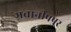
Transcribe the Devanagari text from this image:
भवानीपपुर